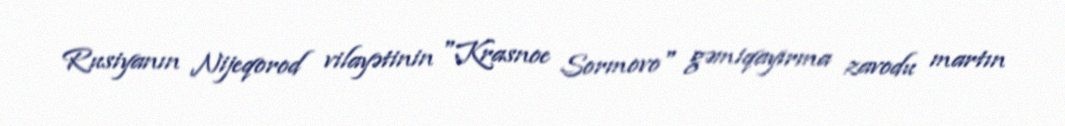
Rusiyanın Nijeqorod vilayətinin "Krasnoe Sormovo" gəmiqayırma zavodu martın